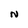
Character: N